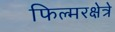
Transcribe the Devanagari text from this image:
फिल्मरक्षेत्रे